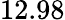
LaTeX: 12.98